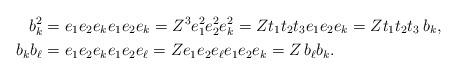
LaTeX: \begin{align*}b_k^2 & = e_1 e_2 e_k e_1 e_2 e_k = Z^3 e_1^2 e_2^2 e_k^2 =Z t_1 t_2 t_3 e_1 e_{2} e_k = Z t_1 t_2 t_3 \, b_k,\\b_k b_\ell & = e_1 e_2 e_k e_1 e_2 e_\ell =Z e_1 e_2 e_\ell e_1 e_2 e_k = Z \, b_\ell b_k .\end{align*}